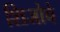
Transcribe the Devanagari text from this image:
शिजोचे